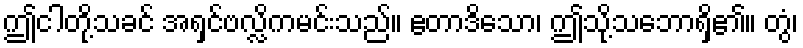
ဤငါတို့သခင် အရှင်ဗလ္လိကမင်းသည်။ ဧတာဒိသော၊ ဤသို့သဘောရှိ၏။ တွံ၊